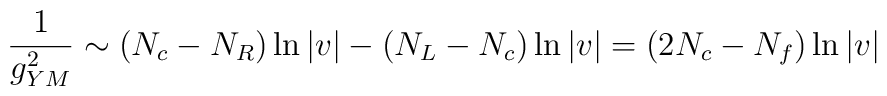
\frac{1}{g_{YM}^2} \sim (N_c - N_R) \ln |v| - (N_L - N_c) \ln |v| = (2N_c - N_f) \ln |v|